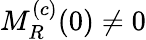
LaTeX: M_{R}^{(c)}(0)\neq 0